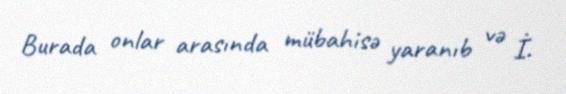
Burada onlar arasında mübahisə yaranıb və İ.